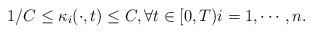
LaTeX: \begin{align*}1/C\leq\kappa_i(\cdot,t) \leq C,\forall t\in[0,T)i=1,\cdots,n.\end{align*}